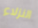
النزلاء